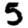
Digit: 5